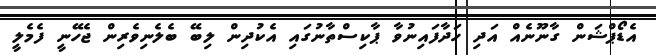
އެޑޯޕްޝަން ގާނޫނެއް އަދި ހަދާފައިނުވާ ޕާކިސްތާނުގައި އެކުދިން ލިބޭ ބެލެނިވެރިން ޖެހޭނީ ފެމެލީ